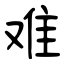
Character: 难